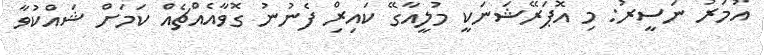
އުމަރު ނަސީރު: މި އޮޕަރޭޝަނަކީ މުލީއާގޭ ކައިރިް ފެނުނު ގޮވާއެއްޗެއް ކަމަށް ޝައްކުވާ